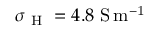
\sigma _ { \mathrm { ~ H ~ } } = 4 . 8 \ \mathrm { S \, m ^ { - 1 } }